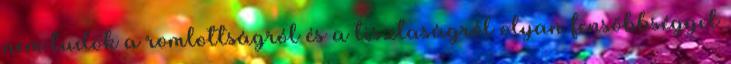
nem tudok a romlottságról és a tisztaságról olyan fensőbbséggel